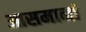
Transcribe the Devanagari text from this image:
आसमानां